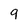
Character: 9